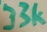
Text: 33k